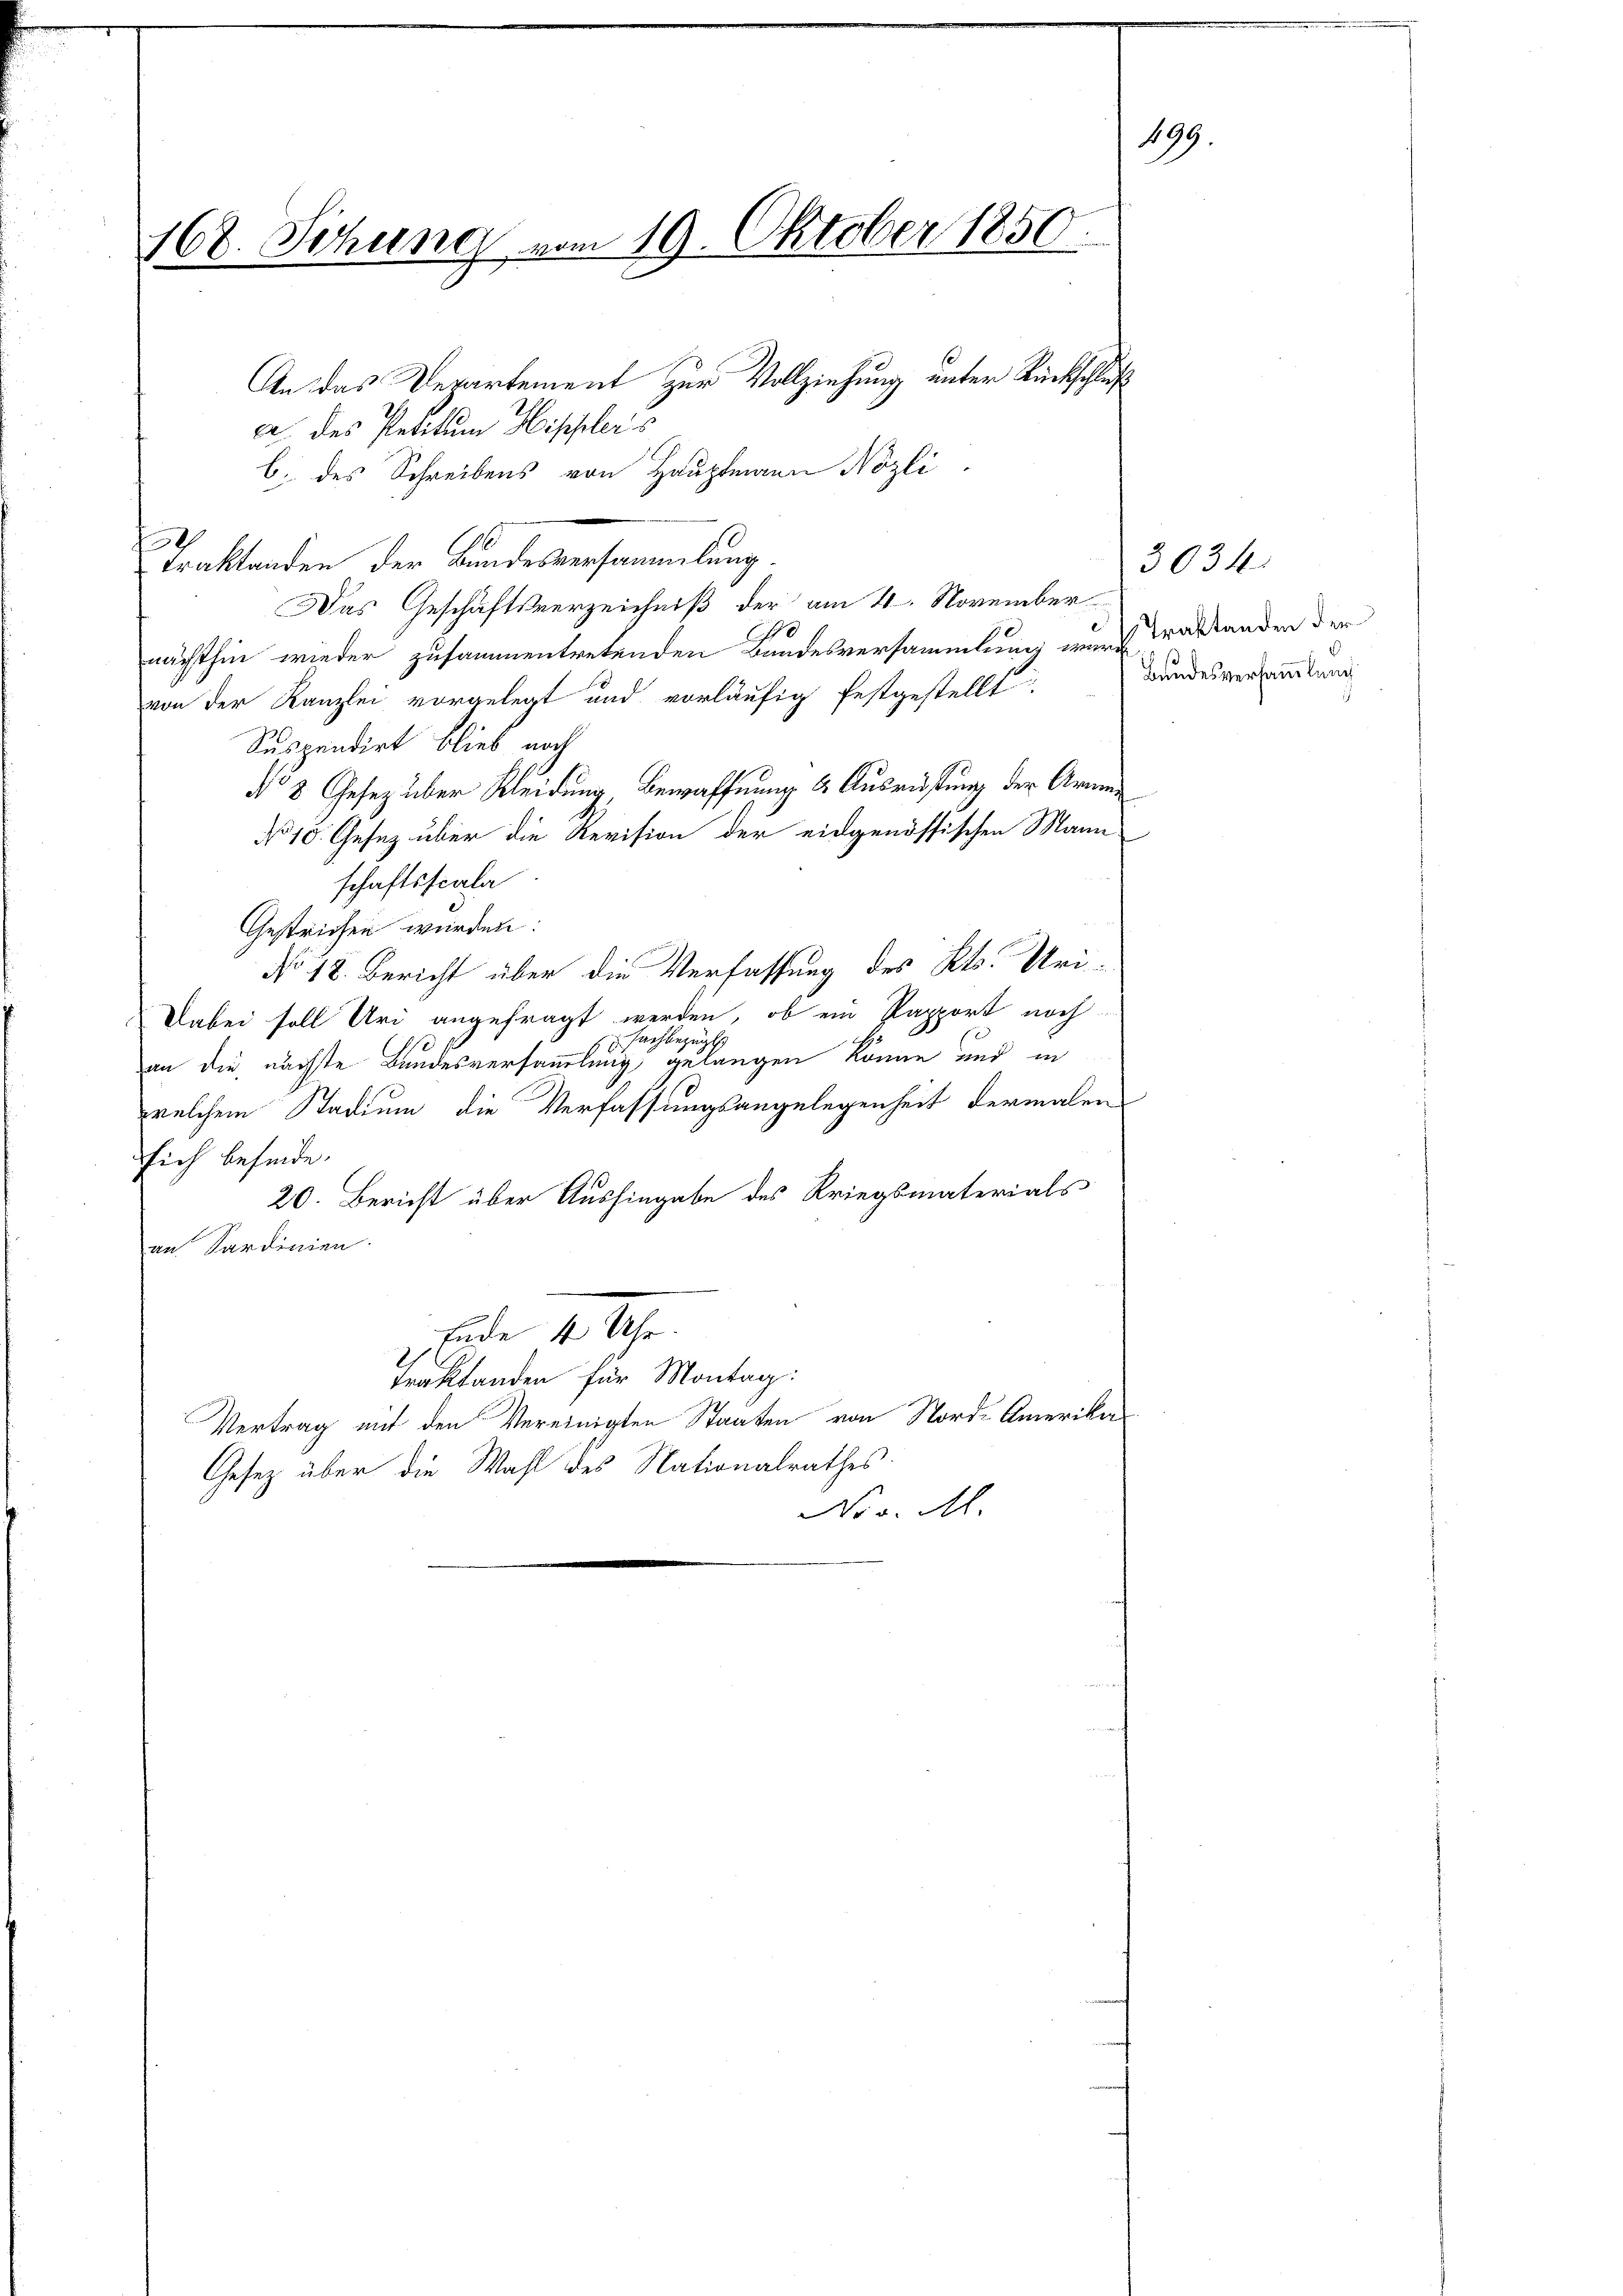
168. Sitzung vom 19. Oktober 1850
An das Verartement zur Vollziehung unter Rückschluß
ca des Petitum Hippler’s

C. des Schreibens von Hauptmann Nözli.
traktanden der Bundesversammlung.
Das Geschäftsverzeichniß der am 4. November
6
nächsthin wieder zusammentretenden Bandesversammlung ward Traktanden der
von der Kanzlei vorgelegt und vorläufig festgestellt
Suspendirt blieb noch
No 8 Gesez über Kleidung, Bewaffnung & Ausrüstung der Armen¬
No 10. Gesez über die Revision der eidgenössischen Mann
schaftsscala
Gestrichen würden:
No 18. Bericht über die Verfassung des Kts. Uri¬
Dabei soll Uri angefragt werden, ob ein Papport noch
sachbezüglich
an die nächste Bundesversammlung gelangen könne und in
welchem Stadium die Verfassungsangelegenheit dermalen
sich befinde.
20. Bericht über Aushingabe des Kriegsmaterials
an Sardinien.
Ende 10 Uhr.
Traktanden für Montag:
Vertrag mit den Vereinigten Staaten von Nord-Amerika
Gesetz über die Wahl des Nationalrathes
No v. M.

f

199

Bundesversammlung

3034.